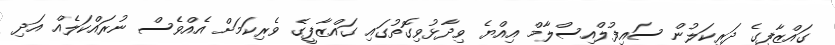
ގައްޒާފީގެ ދަރިކަލުން ސައިފުލްއިސްލާމް އިއްޔެ ވިދާޅުވިގޮތުގައި ގައްޒާފީގެ ވެރިކަމަށް އެއްވެސް ނުރައްކަލެއް އަދި